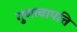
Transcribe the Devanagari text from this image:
गुणत्वापत्ति